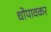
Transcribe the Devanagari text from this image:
धोपावकर